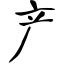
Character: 产